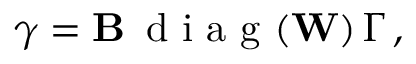
\boldsymbol { \gamma } = \mathbf { B } \, \mathrm { ~ d ~ i ~ a ~ g ~ } ( \mathbf { W } ) \, \boldsymbol { \Gamma } \, ,